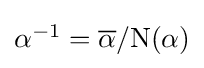
\textstyle \alpha ^{-1}={\overline {\alpha }}/\mathrm {N} (\alpha )